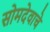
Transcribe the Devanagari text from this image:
सोमदेवाचे